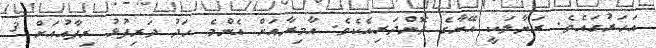
އަހަރުގައެވެ. ރަޔާލަކީ އޭނާގެ ދޮންދަރިއެކެވެ. އާމިރާއަށް އެންމެ ހަދު ދަރިފުޅު ރިފާއުއަށް 3